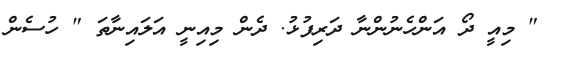
" މިއީ ދޯ އަންހެނުންނާ ދަރިފުޅު. ދެން މިއިނީ އަލައިނާތަ " ހުސެން